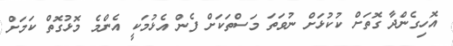
އޮހިގެންދާ ގޮތަށް ކުކުޅަށް ނުވަތަ މަސްތަކަށް ފެން އެޅުމަކީ އެންމެ މޮޅުގޮތް ކަމަށް